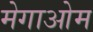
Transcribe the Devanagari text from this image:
मेगाओम